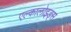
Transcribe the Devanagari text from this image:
एल्कालोइड्स